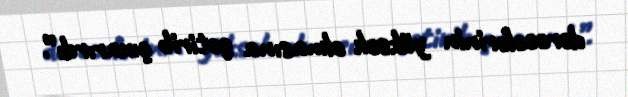
dərəcələrinin yüksək olmasına gətirib çıxarırdı”.